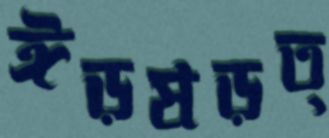
ঈড়ষড়ত্